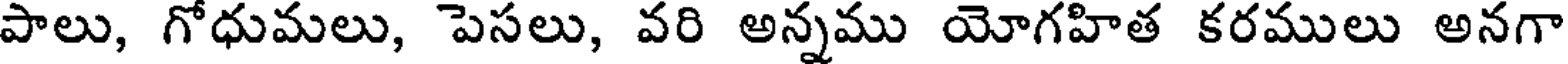
పాలు, గోధుమలు, పెసలు, వరి అన్నము యోగహిత కరములు అనగా